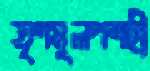
তৃণমূলপন্থী